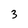
Character: 3